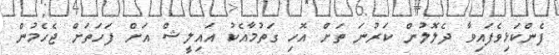
ފެންކަޅިވެފައިވާ ދެލޮލުން ކަރުނަ ތަށް އޮހި ގަތުމާއެކު އައިލީޝް އަށް ފަހަތަށް ޖެހެމުން